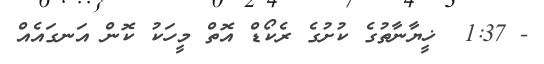
- 1:37  ޚީޔާނާތުގެ ކުށުގެ ރެކޯޑް އޮތް މީހަކު ކޮން އަނގައެއް